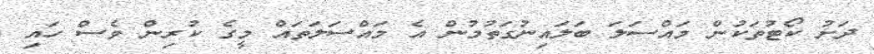
ދަށު ކޯޓުތަކުން މައްސަލަ ބަލައިނުގަތުމުން އެ މައްސަލަތައް މީގެ ކުރިން ވެސް ހައި